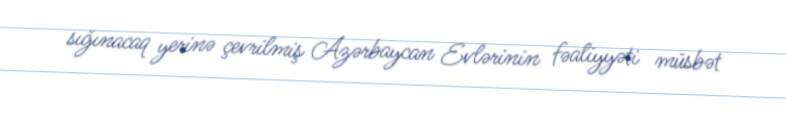
sığınacaq yerinə çevrilmiş Azərbaycan Evlərinin fəaliyyəti müsbət